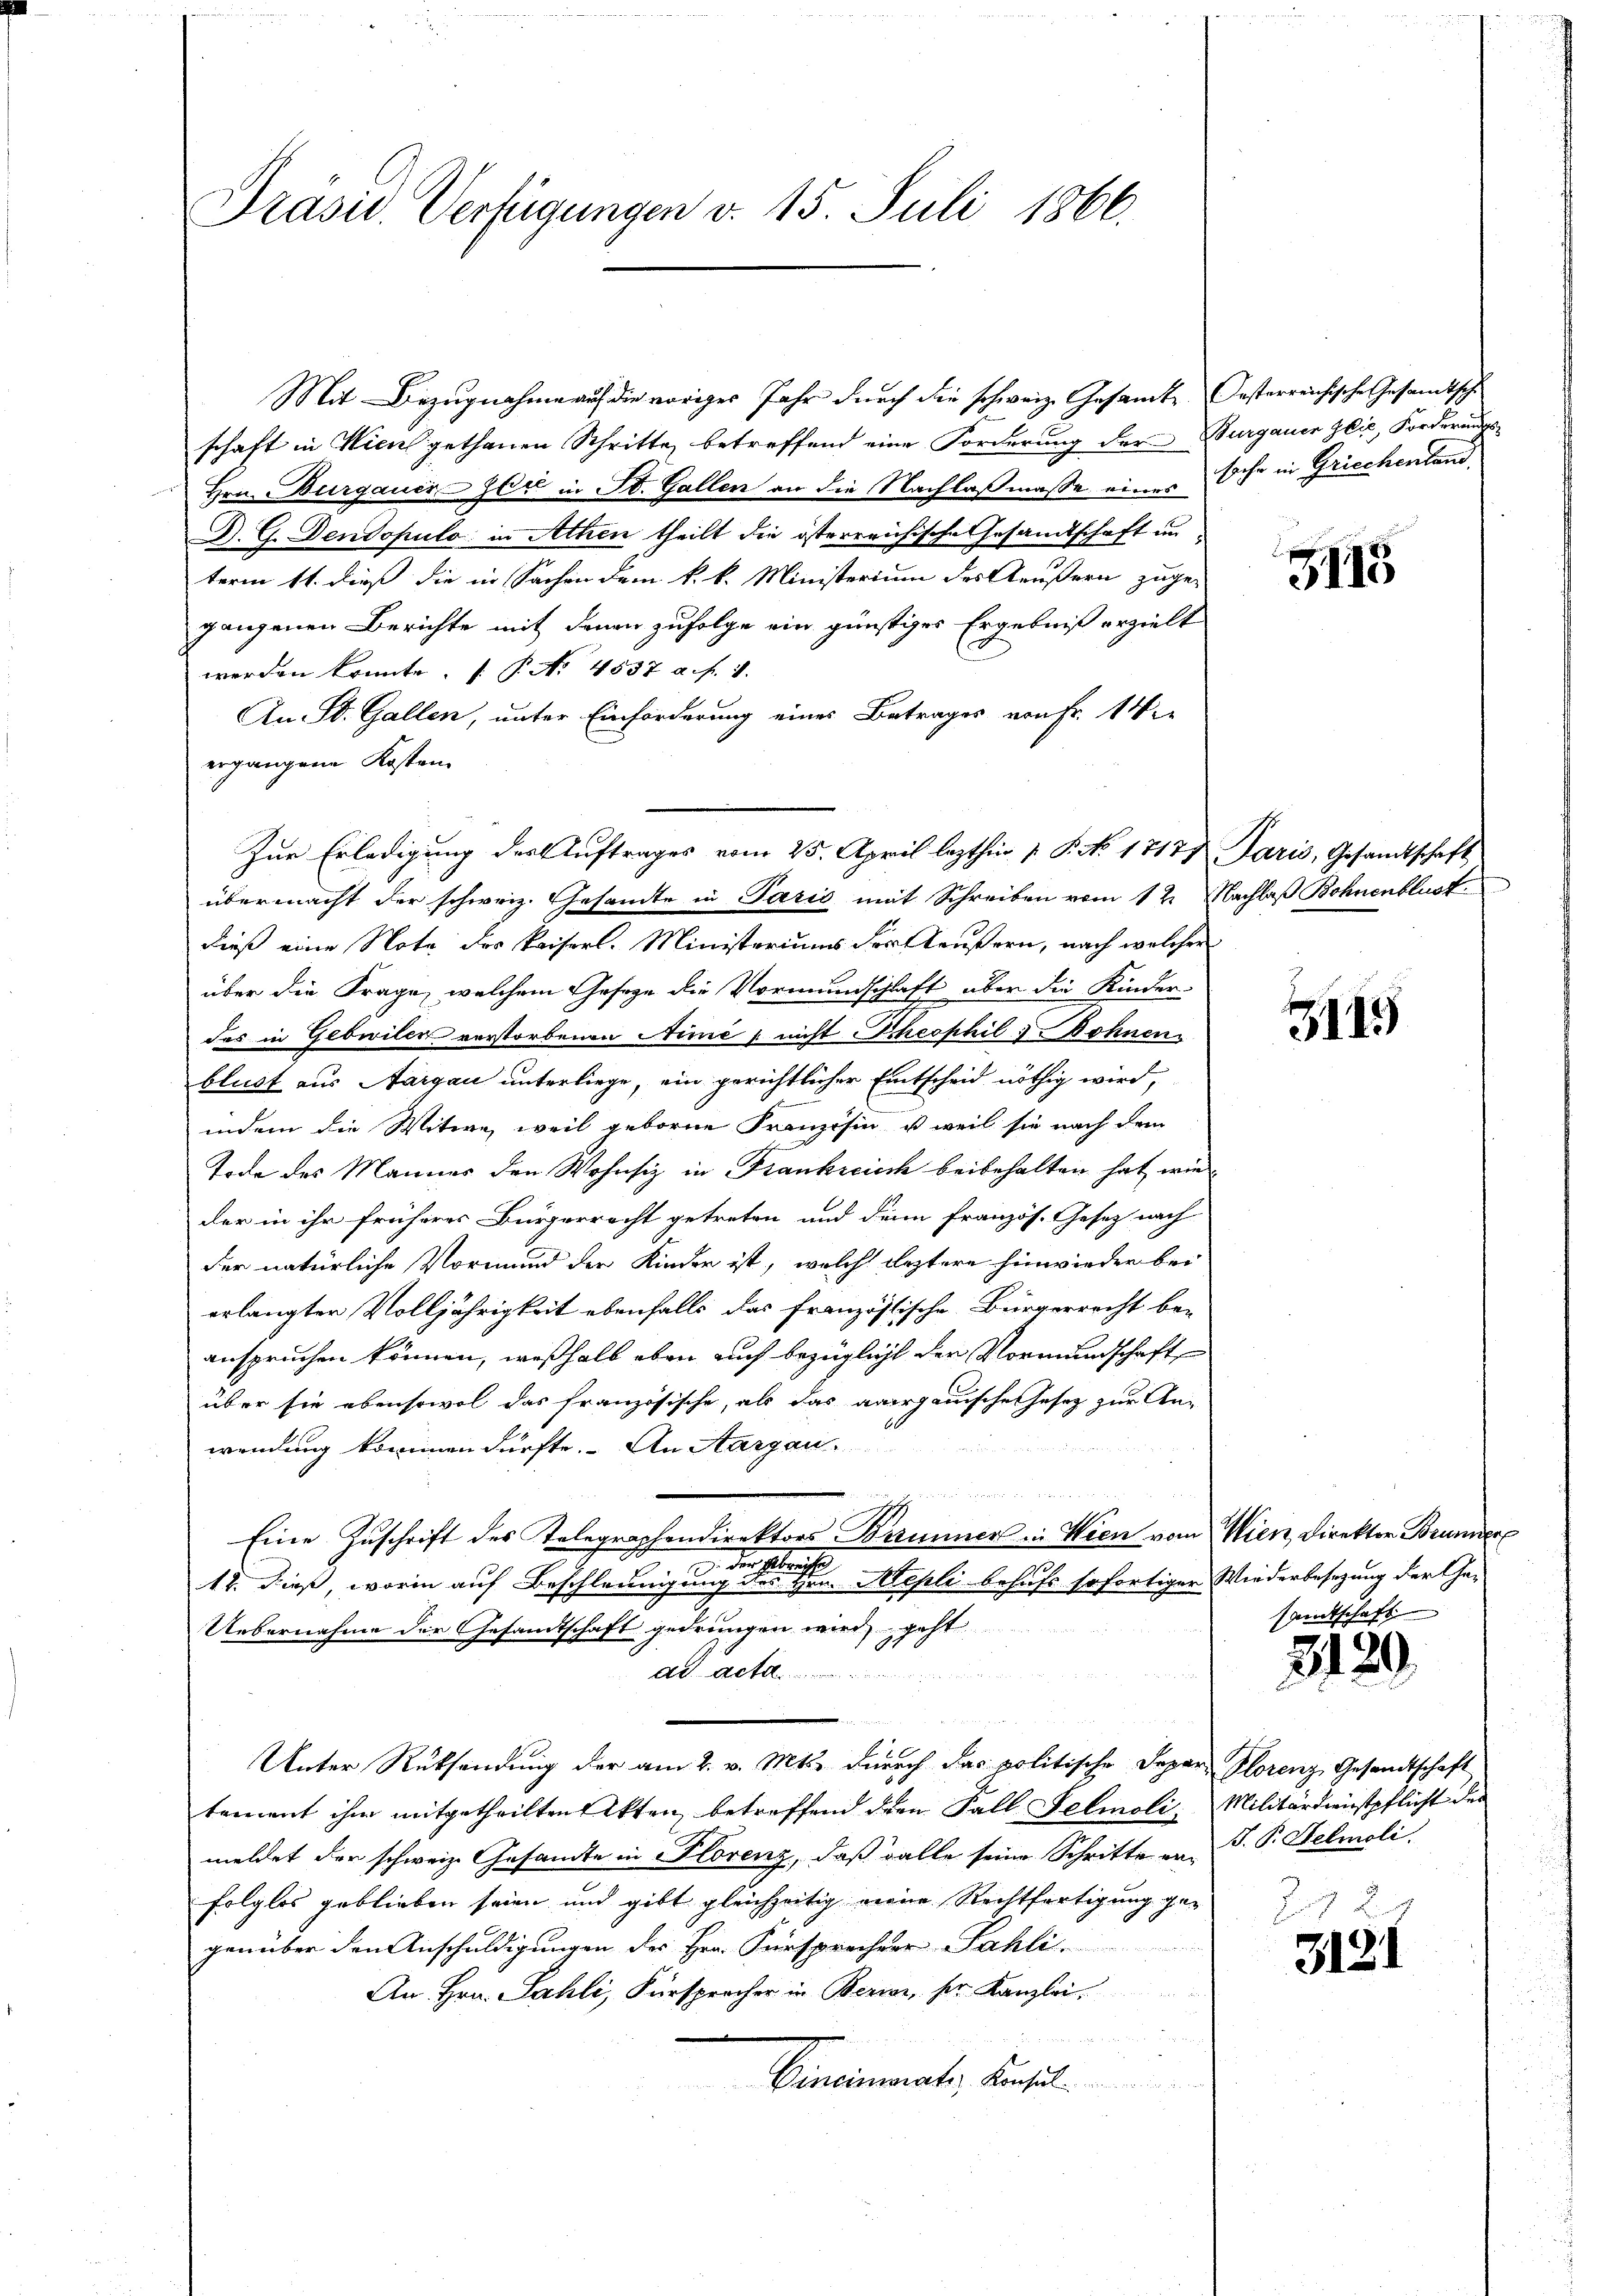
Prasis. Verfügungen v. 15. Juli 1866.

Zur Erledigung des Auftrages vom 25. April lezthin 1 P. No 1717 Paris, Gesandtschaft

Mit Bezugnahme auf die voriges Jahr durch die schweiz. Gesamte Oesterreichische Gesandtschi
schaft in Wien gethanen Schritte betreffend eine Forderung der Burgauer Glic, Forderungs¬
Hrn. Burgauer-Zeit in St. Gallen an die Nachlaßmasse eines sche in Griechenland
D. G. Dendopulo in Athen theilt die österreichische Gesandtschaft un
term 11. dieß die in Sachen dem k. k. Ministerium des Aeußern zuge-
gangenen Berichte mit denen zufolge ein günstiges Ergebniß erzielt
werden könnte.  P. Nr. 4537 a. f. 1.
An St. Gallen, unter Einforderung eines Betrages ernst. 14
ergangene Kosten.
übermacht der schweiz. Gesandte in Paris mit Schreiben vom 12. Nachlaß Bohnenblust
dieß eine Note des Kaiserl. Ministeriums der Aeußern, nach welcher
über die Frage, welchem Gesage die Vormundschaft über die Kinderdes in Gebivilen verstorbenen Nime, nicht heophil & ohnen
blust aus Aargau unterliege, ein gerichtlicher Entscheid nöthig wird,
indem die Witwe, weil geborene Französin, u. weil sie nach dem
Tode des Mannes den Wohnsiz in Frankreisch beibehalten hat, wie
der in ihr früheres Bürgerrecht getreten und denn französ. Gesetz nach
der natürliche Vormund der Kinder ist, welch leztere hinwieder bei
erlangter Volljährigkeit ebenfalls das französische Bürgerrecht be-
anspruchen können, weßhalb eben auch bezüglicht der Vormundschaft
über sie ebensowol das französische, als das aargauische Gesetz zur An-
wendung kommen dürfte. An Aargau.
Eine Zuschrift des Telegraphendirektors Brunner in Wien vom Wien, Direktor Brunner
din der Gebrachte
14. dieß, worin auf Beschleunigung des Hrn. Mepli behufs sofortiger Wiederbesezung der Ge-
Uebernahme der Gesandtschaft gedrungen wird, geht
Ad Acte
e
Unter Rücksendung der am 2. v. Mts. dŭrch das politische Depar- Horenz Gesandtschaft
tement ihm mitgetheilten Sekten betreffend den Fall Felmoli. Militärdienstpflicht der
meldet der schweiz. Gesandte in Florenz, daß Falle seine Schritte von P. P. Helmoli
folglos geblieben seien und gibt gleichzeitig meine Rechtfertigung gegenüber den Anschuldigungen des Hrn. Fürsprecher Fahli
An Hrn. Sahli, Fürsprocher in Berii, ser Kanzlei.
Gemeinerates, densel

3113

3145

samtschaft

2120.

3131